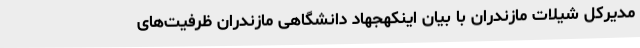
مدیرکل شیلات مازندران با بیان اینکهجهاد دانشگاهی مازندران ظرفیت‌های